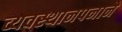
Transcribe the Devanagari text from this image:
व्यवस्थानपनाने